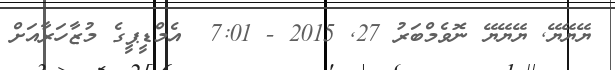
ޔޭޔޭޔޭ